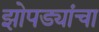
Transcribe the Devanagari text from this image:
झोपड्यांचा